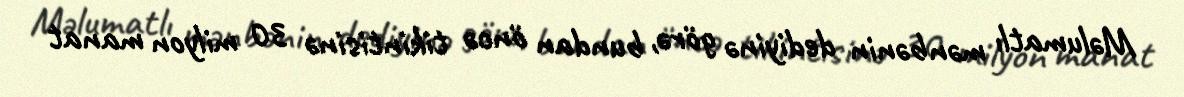
Məlumatlı mənbənin dediyinə görə, bundan öncə tikintisinə 30 milyon manat